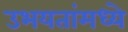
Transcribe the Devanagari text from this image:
उभयतांमध्ये